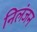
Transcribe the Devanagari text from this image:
निलंजन